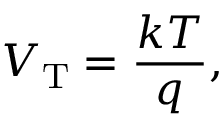
V _ { \mathrm { T } } = { \frac { k T } { q } } ,